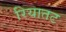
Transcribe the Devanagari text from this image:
रियातट